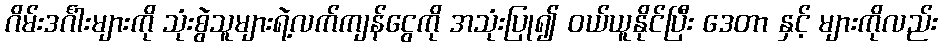
ဂိမ်းဒင်္ဂါးများကို သုံးစွဲသူများရဲ့လက်ကျန်ငွေကို အသုံးပြု၍ ဝယ်ယူနိုင်ပြီး ဒေတာ နှင့် များကိုလည်း